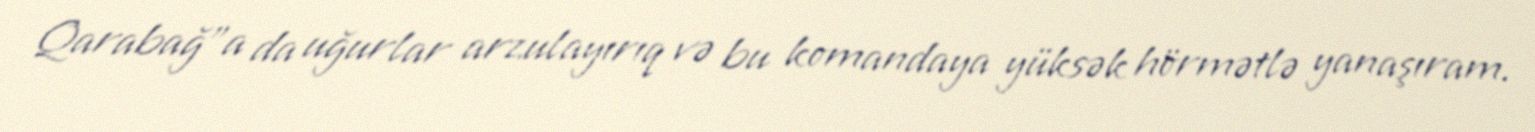
Qarabağ"a da uğurlar arzulayırıq və bu komandaya yüksək hörmətlə yanaşıram.